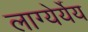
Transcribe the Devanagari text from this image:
लाग्येर्येय